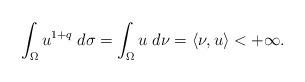
LaTeX: \begin{align*}\int_{\Omega} u^{1+q} \;d\sigma = \int_{\Omega} u \;d\nu = \langle \nu, u \rangle < +\infty.\end{align*}